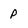
Character: p